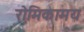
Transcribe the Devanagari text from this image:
रोमिकामय